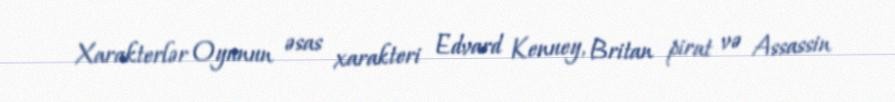
Xarakterlər Oyunun əsas xarakteri Edvard Kenuey, Britan pirat və Assassin